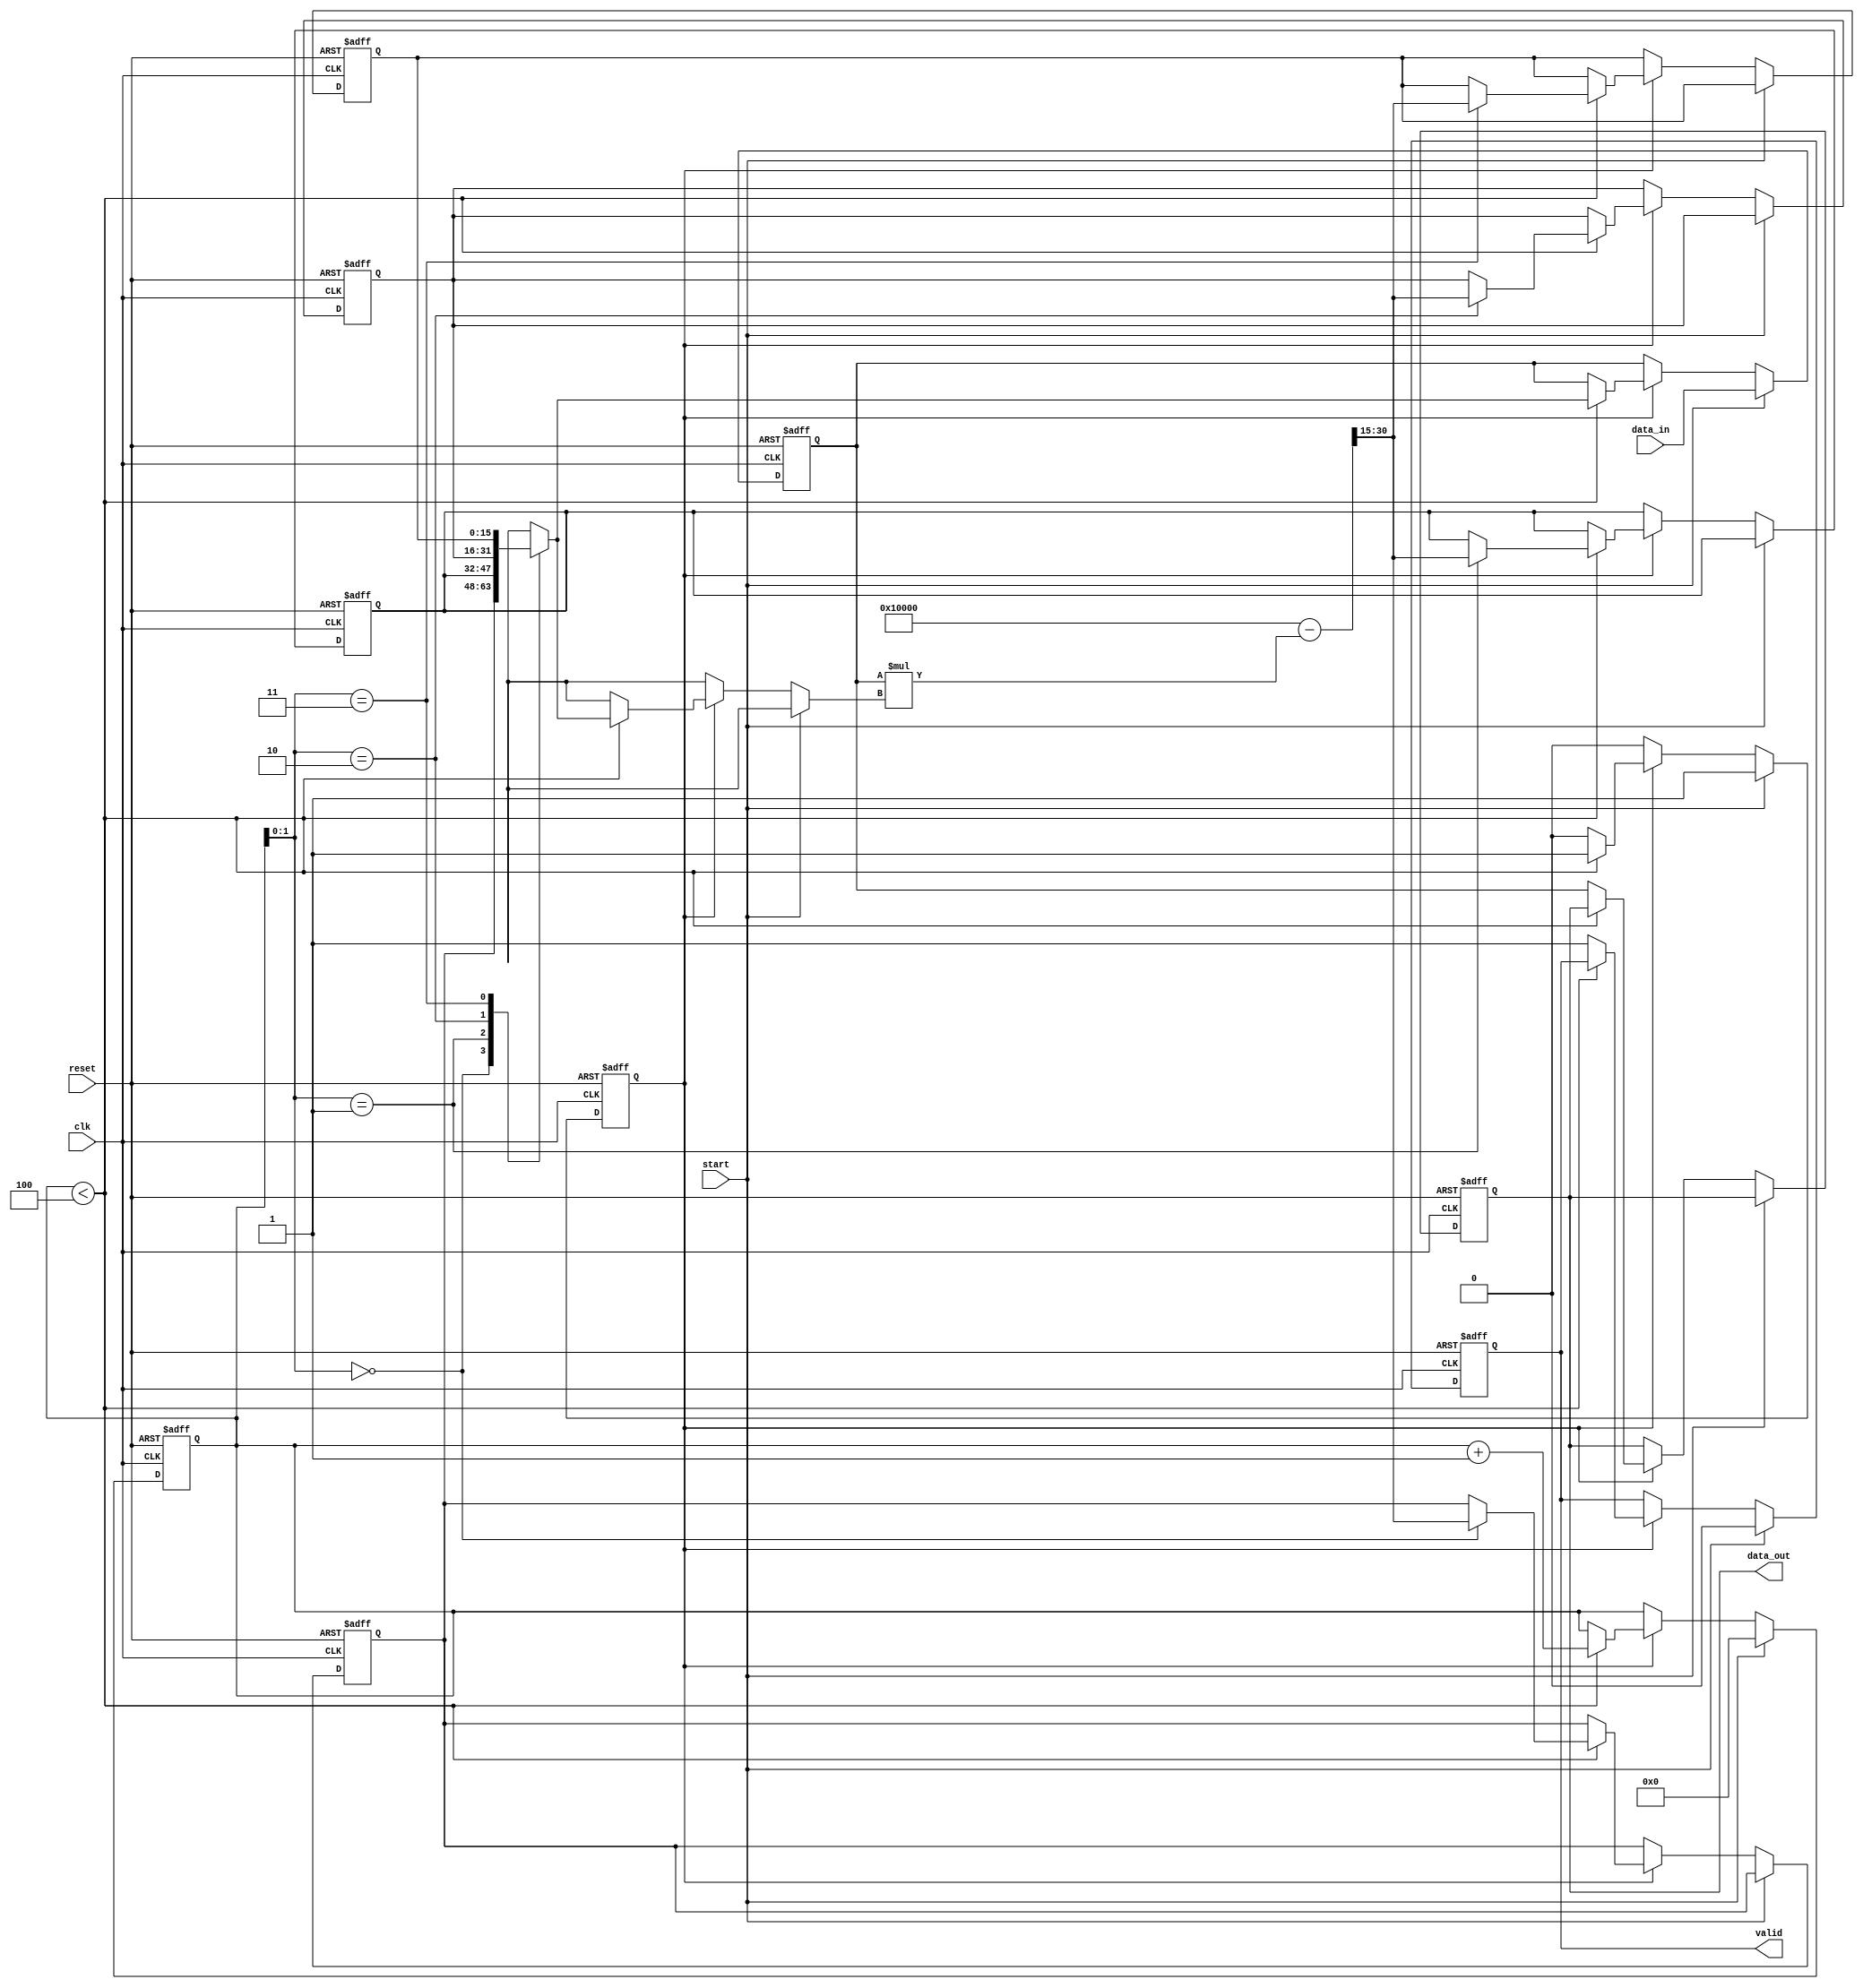
module systolic_array_reciprocal #(
    parameter DATA_WIDTH = 16,
    parameter PE_COUNT = 4 // Number of Processing Elements
)(
    input  wire [DATA_WIDTH-1:0] data_in,
    input  wire clk,
    input  wire reset,
    input  wire start,
    output reg  [DATA_WIDTH-1:0] data_out,
    output reg  valid
);

    // Internal signals
    reg [DATA_WIDTH-1:0] pe [0:PE_COUNT-1]; // Processing Elements
    reg [DATA_WIDTH-1:0] x; // Current approximation
    reg [DATA_WIDTH-1:0] y; // Current result
    reg [3:0] cycle_count; // Cycle counter
    reg processing; // Processing flag

    // Initialize the processing elements
    integer i;
    initial begin
        for (i = 0; i < PE_COUNT; i = i + 1) begin
            pe[i] = 0;
        end
        x = 0;
        y = 0;
        cycle_count = 0;
        processing = 0;
        valid = 0;
    end

    // Main processing block
    always @(posedge clk or posedge reset) begin
        if (reset) begin
            // Reset all internal states
            for (i = 0; i < PE_COUNT; i = i + 1) begin
                pe[i] <= 0;
            end
            x <= 0;
            y <= 0;
            cycle_count <= 0;
            processing <= 0;
            valid <= 0;
            data_out <= 0;
        end else if (start) begin
            // Start the reciprocal calculation
            x <= data_in; // Initial approximation (could be improved)
            y <= 0; // Reset y
            cycle_count <= 0;
            processing <= 1;
            valid <= 0;
        end else if (processing) begin
            // Systolic array processing
            if (cycle_count < PE_COUNT) begin
                // Each PE computes an intermediate result
                pe[cycle_count] <= (2**DATA_WIDTH - x * pe[cycle_count]) >> (DATA_WIDTH - 1); // Example operation
                x <= pe[cycle_count]; // Update x for the next PE
                cycle_count <= cycle_count + 1;
            end else begin
                // Final output stage
                data_out <= x; // Final result
                valid <= 1; // Output is valid
                processing <= 0; // Stop processing
            end
        end
    end

endmodule